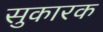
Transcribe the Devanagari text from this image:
सुकारक